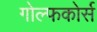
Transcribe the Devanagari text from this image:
गोल्फकोर्स